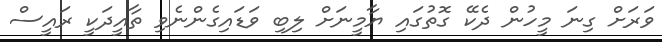
ވަަރަށް ގިނަ މީހުން ދެކޭ ގޮތުގައި ޔާމީނަށް ލިބި ވަޑައިގެންނެވި ތާއީދަކީ ރައީސް